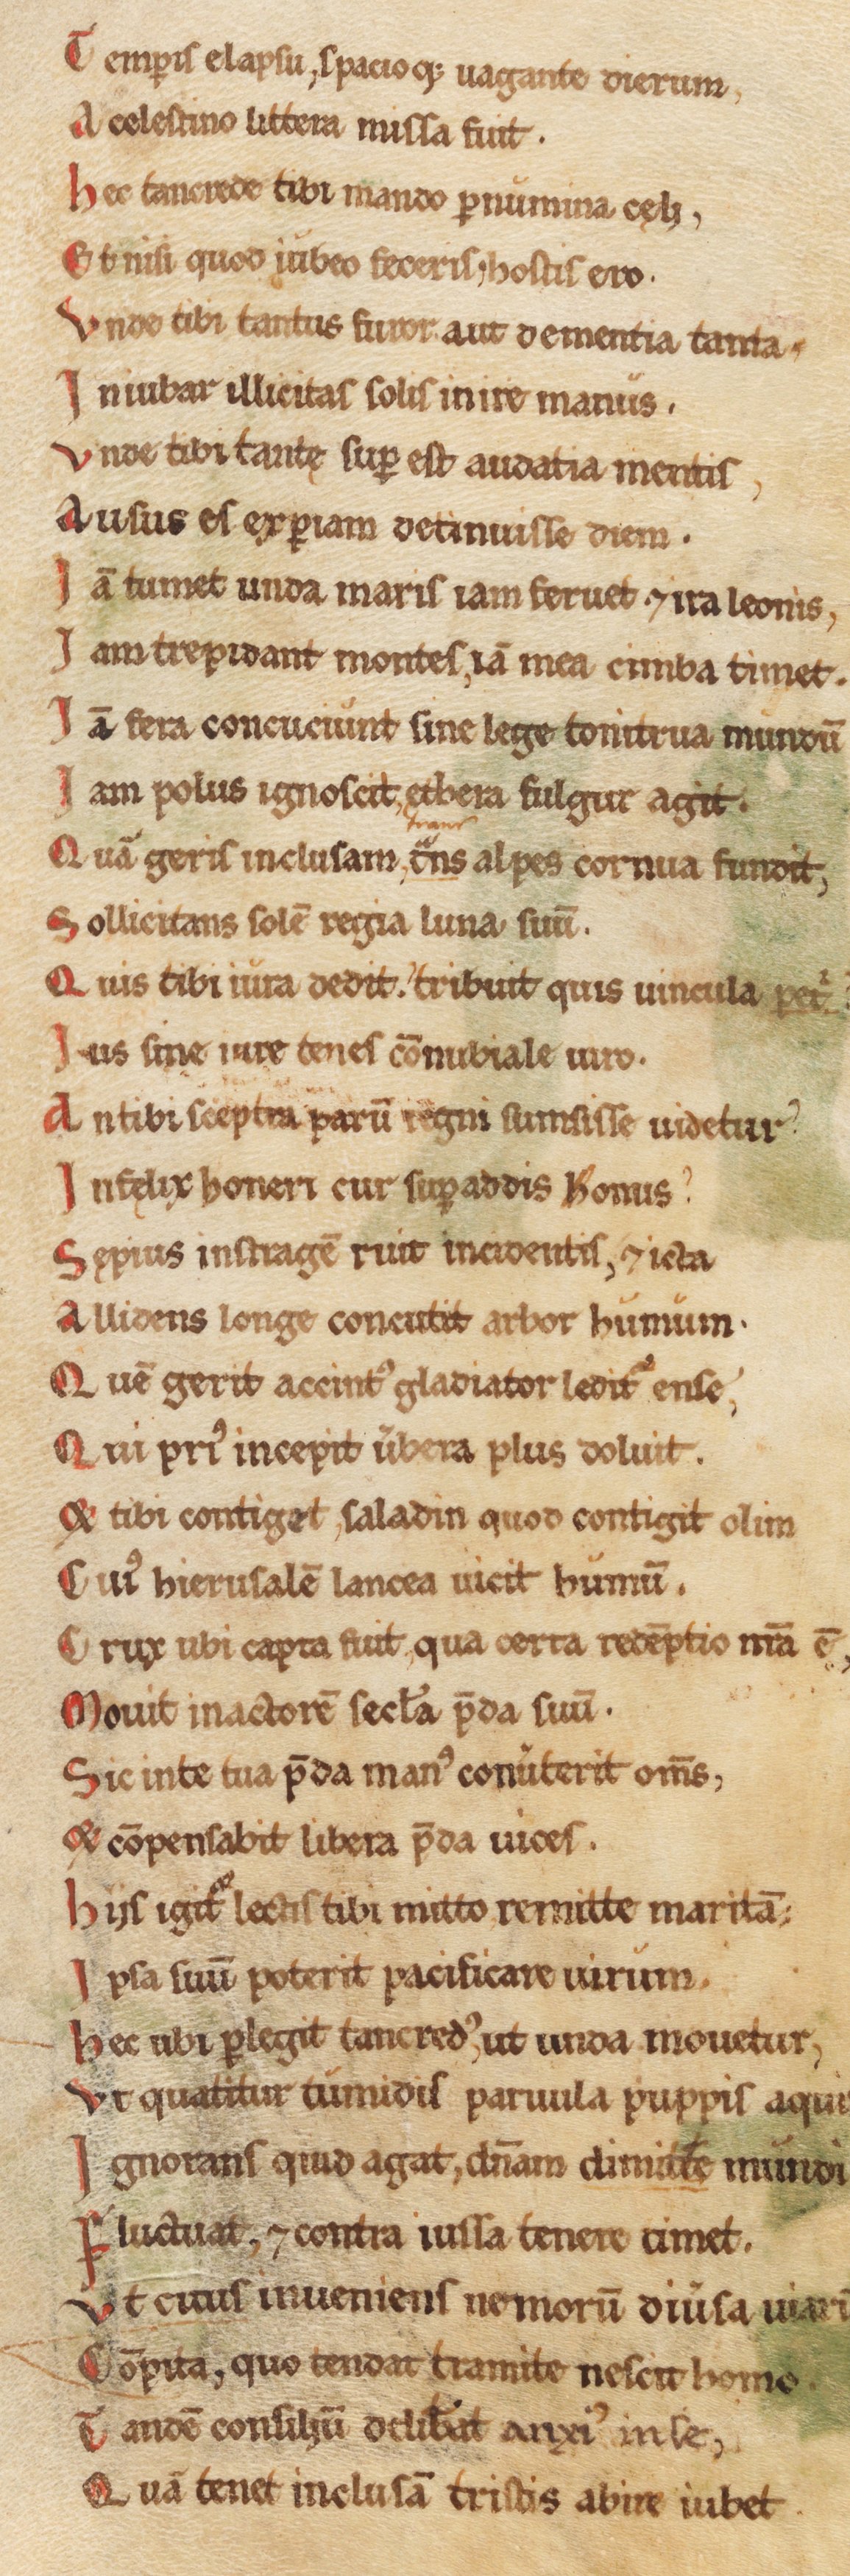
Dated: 1180–1199